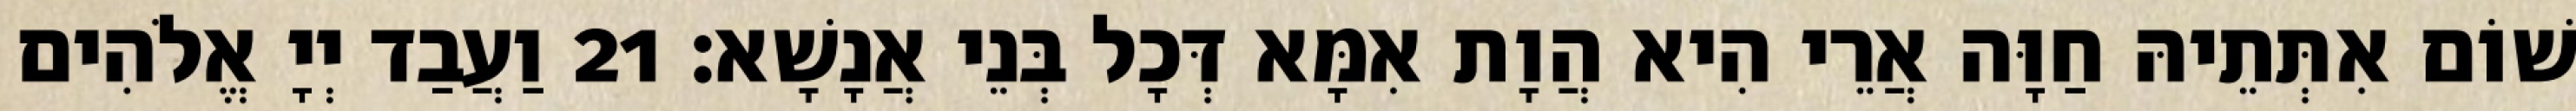
שׁוֹם אִתְּתֵיהּ חַוָּה אֲרֵי הִיא הֲוָת אִמָּא דְּכָל בְּנֵי אֲנָשָׁא׃ 21 וַעֲבַד יְיָ אֱלֹהִים